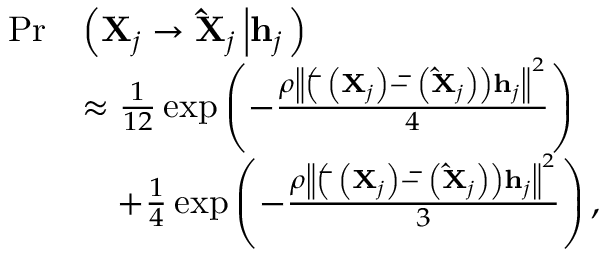
\begin{array} { r l } { \operatorname* { P r } } & { \left( { { { \bf { X } } _ { j } } \to { { { \bf { \hat { X } } } } _ { j } } \left| { { { \bf { h } } _ { j } } } \right. } \right) } \\ & { \approx \frac { 1 } { { 1 2 } } \exp \left( { - \frac { { \rho { { \left\| { \left( { { \bf { \bar { \Phi } } } \left( { { { \bf { X } } _ { j } } } \right) - { \bf { \bar { \Phi } } } \left( { { { { \bf { \hat { X } } } } _ { j } } } \right) } \right) { { \bf { h } } _ { j } } } \right\| } ^ { 2 } } } } { 4 } } \right) } \\ & { \quad + \frac { 1 } { 4 } \exp \left( { - \frac { { \rho { { \left\| { \left( { { \bf { \bar { \Phi } } } \left( { { { \bf { X } } _ { j } } } \right) - { \bf { \bar { \Phi } } } \left( { { { { \bf { \hat { X } } } } _ { j } } } \right) } \right) { { \bf { h } } _ { j } } } \right\| } ^ { 2 } } } } { 3 } } \right) , } \end{array}